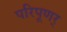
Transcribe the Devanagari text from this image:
परिपूणर्